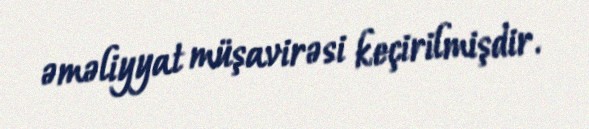
əməliyyat müşavirəsi keçirilmişdir.